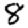
Digit: 8